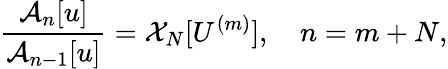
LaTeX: \frac{\mathcal{A}_{n}[u]}{\mathcal{A}_{n-1}[u]}=\mathcal{X}_{N}[U^{(m)}],\quad n=m+N,